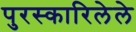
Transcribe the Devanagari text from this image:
पुरस्कारिलेले